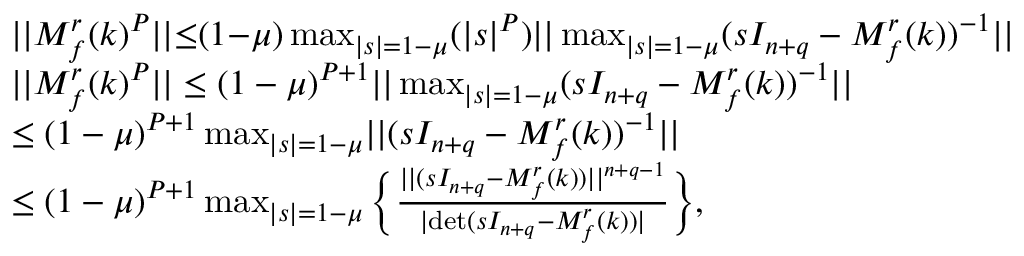
\begin{array} { r l } & { \lvert | M _ { f } ^ { r } ( k ) ^ { P } \rvert | { \leq } ( 1 { - } \mu ) \operatorname* { m a x } _ { \lvert s \rvert = 1 { - } \mu } ( \lvert s \rvert ^ { P } ) \lvert | \operatorname* { m a x } _ { \lvert s \rvert = 1 { - } \mu } ( s I _ { n + q } - M _ { f } ^ { r } ( k ) ) ^ { { - } 1 } \rvert | } \\ & { \lvert | M _ { f } ^ { r } ( k ) ^ { P } \rvert | \leq ( 1 - \mu ) ^ { P + 1 } \lvert | \operatorname* { m a x } _ { \lvert s \rvert = 1 - \mu } ( s I _ { n + q } - M _ { f } ^ { r } ( k ) ) ^ { - 1 } \rvert | } \\ & { \leq ( 1 - \mu ) ^ { P + 1 } \operatorname* { m a x } _ { \lvert s \rvert = 1 - \mu } \lvert | ( s I _ { n + q } - M _ { f } ^ { r } ( k ) ) ^ { - 1 } \rvert | } \\ & { \leq ( 1 - \mu ) ^ { P + 1 } \operatorname* { m a x } _ { \lvert s \rvert = 1 - \mu } \Big \{ \frac { \lvert | ( s I _ { n + q } - M _ { f } ^ { r } ( k ) ) \rvert | ^ { n + q - 1 } } { \lvert \mathrm { d e t } ( s I _ { n + q } - M _ { f } ^ { r } ( k ) ) \rvert } \Big \} , } \end{array}